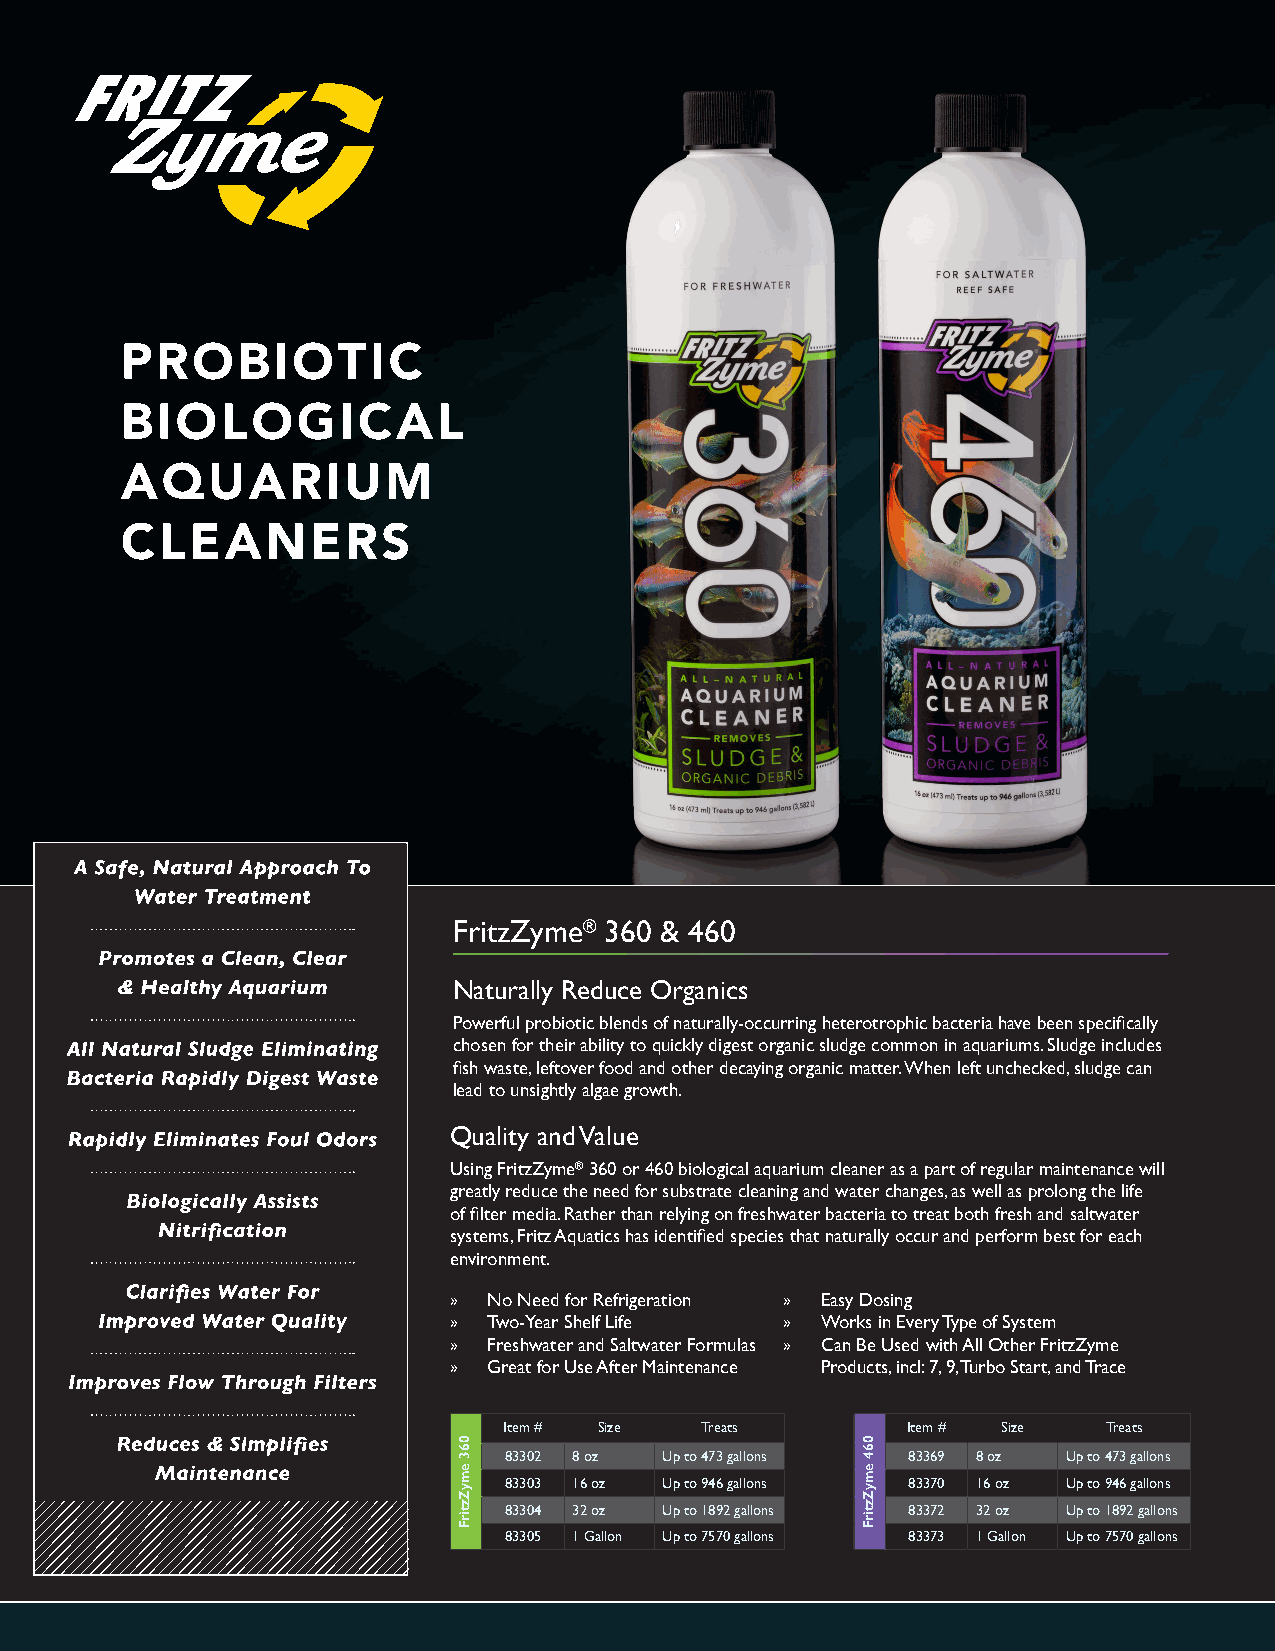
FritzZyme® 360 & 460
 Naturally Reduce Organics
 Powerful probiotic blends of naturally-occurring heterotrophic bacteria have been specifically
 chosen for their ability to quickly digest organic sludge common in aquariums. Sludge includes
 fish waste, leftover food and other decaying organic matter. When left unchecked, sludge can
 lead to unsightly algae growth.
 Quality and Value
 Using FritzZyme® 360 or 460 biological aquarium cleaner as a part of regular maintenance will
 greatly reduce the need for substrate cleaning and water changes, as well as prolong the life
 of filter media. Rather than relying on freshwater bacteria to treat both fresh and saltwater
 systems, Fritz Aquatics has identified species that naturally occur and perform best for each
 environment.
 » No Need for Refrigeration » Easy Dosing
 » Two-Year Shelf Life » Works in Every Type of System
 » Freshwater and Saltwater Formulas » Can Be Used with All Other FritzZyme
 » Great for Use After Maintenance Products, incl: 7, 9, Turbo Start, and Trace
 Item # Size  Treats        Item # Size  Treats
 83302 8 oz Up to 473 gallons 83369 8 oz Up to 473 gallons
 83303 16 oz Up to 946 gallons 83370 16 oz Up to 946 gallons
 83304 32 oz Up to 1892 gallons 83372 32 oz Up to 1892 gallons
 83305 1 Gallon Up to 7570 gallons 83373 1 Gallon Up to 7570 gallons
 063
 emyZztirF
 064
 emyZztirF